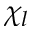
\chi _ { l }